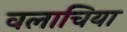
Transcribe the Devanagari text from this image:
वलाचिया